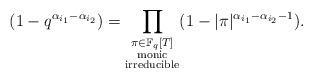
LaTeX: \begin{align*} (1 - q^{\alpha_{i_1} - \alpha_{i_2}}) =\prod_{ \substack { \pi \in \mathbb F_q[T] \\ \textrm{monic} \\ \textrm{irreducible} }} (1- |\pi| ^{ \alpha_{i_1} - \alpha_{i_2} - 1} ).\end{align*}